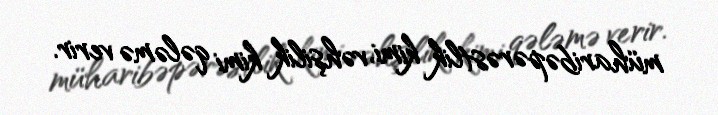
müharibəpərəstlik kimi, vəhşilik kimi qələmə verir.